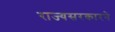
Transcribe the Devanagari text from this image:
राज्यसरकारने